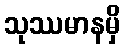
သုဿမာနမှိ